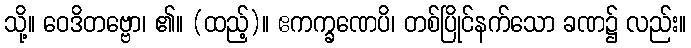
သို့။ ဝေဒိတဗ္ဗော၊ ၏။ (ထည့်)။ ဧကက္ခဏေပိ၊ တစ်ပြိုင်နက်သော ခဏ၌ လည်း။